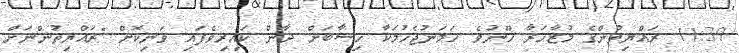
11:39 ރައްޔިތުންގެ މުޒާހަރާ ހޫނުވެ ހަމަނުޖެހުމަކާ ހިސާބަށް ދާން ކައިރިވެފައި ވަނިކޮށް "ރައްޔިތުންނަށް